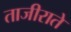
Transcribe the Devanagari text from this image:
ताजीराते